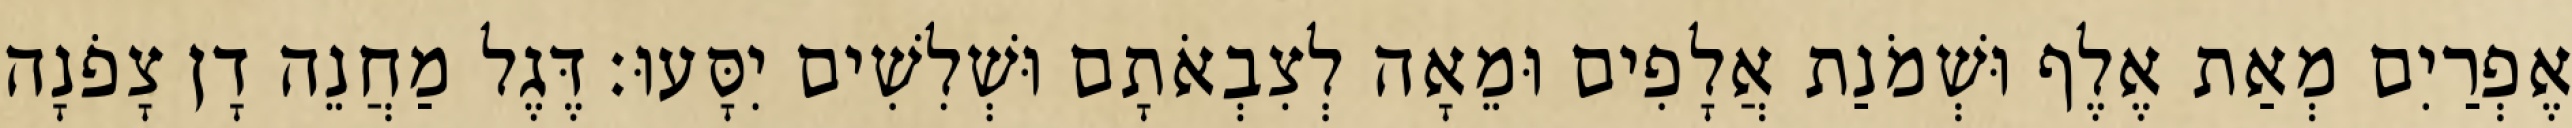
אֶפְרַיִם מְאַת אֶלֶף וּשְׁמֹנַת אֲלָפִים וּמֵאָה לְצִבְאֹתָם וּשְׁלִשִׁים יִסָּעוּ׃ דֶּגֶל מַחֲנֵה דָן צָפֹנָה